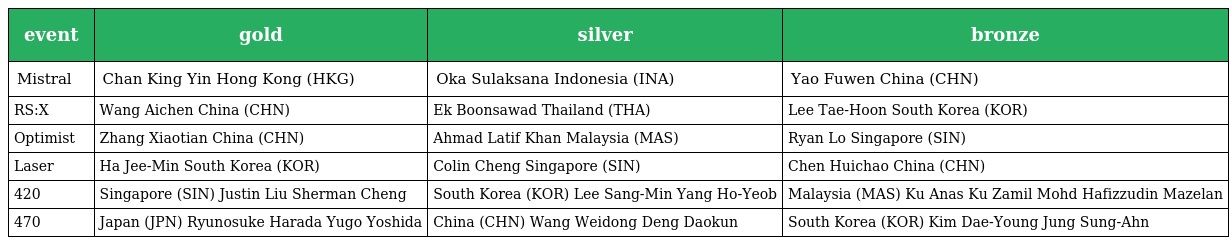
| event | gold | silver | bronze |
 | --- | --- | --- | --- |
 | Mistral | Chan King Yin Hong Kong (HKG) | Oka Sulaksana Indonesia (INA) | Yao Fuwen China (CHN) |
 | RS:X | Wang Aichen China (CHN) | Ek Boonsawad Thailand (THA) | Lee Tae-Hoon South Korea (KOR) |
 | Optimist | Zhang Xiaotian China (CHN) | Ahmad Latif Khan Malaysia (MAS) | Ryan Lo Singapore (SIN) |
 | Laser | Ha Jee-Min South Korea (KOR) | Colin Cheng Singapore (SIN) | Chen Huichao China (CHN) |
 | 420 | Singapore (SIN) Justin Liu Sherman Cheng | South Korea (KOR) Lee Sang-Min Yang Ho-Yeob | Malaysia (MAS) Ku Anas Ku Zamil Mohd Hafizzudin Mazelan |
 | 470 | Japan (JPN) Ryunosuke Harada Yugo Yoshida | China (CHN) Wang Weidong Deng Daokun | South Korea (KOR) Kim Dae-Young Jung Sung-Ahn |